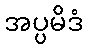
အပ္ပမိဒံ